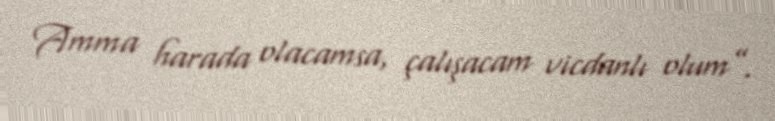
Amma harada olacamsa, çalışacam vicdanlı olum”.